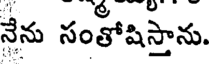
నేను సంతోషిస్తాను.